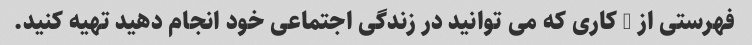
فهرستی از 5 کاری که می توانید در زندگی اجتماعی خود انجام دهید تهیه کنید.